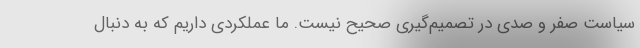
سیاست صفر و صدی در تصمیم‌گیری صحیح نیست. ما عملکردی داریم که به دنبال